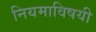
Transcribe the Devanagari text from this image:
नियमाविषयी